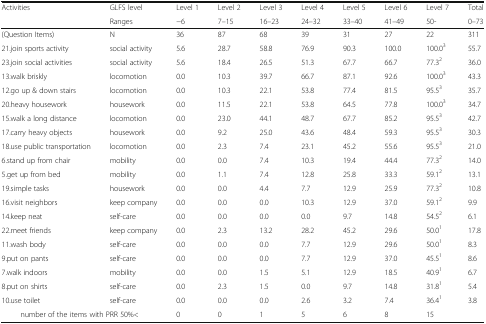
<table><thead><tr><td rowspan="2"><b>Activities</b></td><td><b>GLFS level</b></td><td><b>Level 1</b></td><td><b>Level 2</b></td><td><b>Level 3</b></td><td><b>Level 4</b></td><td><b>Level 5</b></td><td><b>Level 6</b></td><td><b>Level 7</b></td><td><b>Total</b></td></tr><tr><td><b>Ranges</b></td><td><b>−6</b></td><td><b>7–15</b></td><td><b>16–23</b></td><td><b>24–32</b></td><td><b>33–40</b></td><td><b>41–49</b></td><td><b>50-</b></td><td><b>0–73</b></td></tr></thead><tbody><tr><td>(Question Items)</td><td>N</td><td>36</td><td>87</td><td>68</td><td>39</td><td>31</td><td>27</td><td>22</td><td>311</td></tr><tr><td>21.join sports activity</td><td>social activity</td><td>5.6</td><td>28.7</td><td>58.8</td><td>76.9</td><td>90.3</td><td>100.0</td><td>100.0<sup>3</sup></td><td>55.7</td></tr><tr><td>23.join social activities</td><td>social activity</td><td>5.6</td><td>18.4</td><td>26.5</td><td>51.3</td><td>67.7</td><td>66.7</td><td>77.3<sup>2</sup></td><td>36.0</td></tr><tr><td>13.walk briskly</td><td>locomotion</td><td>0.0</td><td>10.3</td><td>39.7</td><td>66.7</td><td>87.1</td><td>92.6</td><td>100.0<sup>3</sup></td><td>43.3</td></tr><tr><td>12.go up &amp; down stairs</td><td>locomotion</td><td>0.0</td><td>10.3</td><td>22.1</td><td>53.8</td><td>77.4</td><td>81.5</td><td>95.5<sup>3</sup></td><td>35.7</td></tr><tr><td>20.heavy housework</td><td>housework</td><td>0.0</td><td>11.5</td><td>22.1</td><td>53.8</td><td>64.5</td><td>77.8</td><td>100.0<sup>3</sup></td><td>34.7</td></tr><tr><td>15.walk a long distance</td><td>locomotion</td><td>0.0</td><td>23.0</td><td>44.1</td><td>48.7</td><td>67.7</td><td>85.2</td><td>95.5<sup>3</sup></td><td>42.7</td></tr><tr><td>17.carry heavy objects</td><td>housework</td><td>0.0</td><td>9.2</td><td>25.0</td><td>43.6</td><td>48.4</td><td>59.3</td><td>95.5<sup>3</sup></td><td>30.3</td></tr><tr><td>18.use public transportation</td><td>locomotion</td><td>0.0</td><td>2.3</td><td>7.4</td><td>23.1</td><td>45.2</td><td>55.6</td><td>95.5<sup>3</sup></td><td>21.0</td></tr><tr><td>6.stand up from chair</td><td>mobility</td><td>0.0</td><td>0.0</td><td>7.4</td><td>10.3</td><td>19.4</td><td>44.4</td><td>77.3<sup>2</sup></td><td>14.0</td></tr><tr><td>5.get up from bed</td><td>mobility</td><td>0.0</td><td>1.1</td><td>7.4</td><td>12.8</td><td>25.8</td><td>33.3</td><td>59.1<sup>2</sup></td><td>13.1</td></tr><tr><td>19.simple tasks</td><td>housework</td><td>0.0</td><td>0.0</td><td>4.4</td><td>7.7</td><td>12.9</td><td>25.9</td><td>77.3<sup>2</sup></td><td>10.8</td></tr><tr><td>16.visit neighbors</td><td>keep company</td><td>0.0</td><td>0.0</td><td>0.0</td><td>10.3</td><td>12.9</td><td>37.0</td><td>59.1<sup>2</sup></td><td>9.9</td></tr><tr><td>14.keep neat</td><td>self-care</td><td>0.0</td><td>0.0</td><td>0.0</td><td>0.0</td><td>9.7</td><td>14.8</td><td>54.5<sup>2</sup></td><td>6.1</td></tr><tr><td>22.meet friends</td><td>keep company</td><td>0.0</td><td>2.3</td><td>13.2</td><td>28.2</td><td>45.2</td><td>29.6</td><td>50.0<sup>1</sup></td><td>17.8</td></tr><tr><td>11.wash body</td><td>self-care</td><td>0.0</td><td>0.0</td><td>0.0</td><td>7.7</td><td>12.9</td><td>29.6</td><td>50.0<sup>1</sup></td><td>8.3</td></tr><tr><td>9.put on pants</td><td>self-care</td><td>0.0</td><td>0.0</td><td>0.0</td><td>7.7</td><td>12.9</td><td>37.0</td><td>45.5<sup>1</sup></td><td>8.6</td></tr><tr><td>7.walk indoors</td><td>mobility</td><td>0.0</td><td>0.0</td><td>1.5</td><td>5.1</td><td>12.9</td><td>18.5</td><td>40.9<sup>1</sup></td><td>6.7</td></tr><tr><td>8.put on shirts</td><td>self-care</td><td>0.0</td><td>2.3</td><td>1.5</td><td>0.0</td><td>9.7</td><td>14.8</td><td>31.8<sup>1</sup></td><td>5.4</td></tr><tr><td>10.use toilet</td><td>self-care</td><td>0.0</td><td>0.0</td><td>0.0</td><td>2.6</td><td>3.2</td><td>7.4</td><td>36.4<sup>1</sup></td><td>3.8</td></tr><tr><td colspan="2">number of the items with PRR 50%&lt;</td><td>0</td><td>0</td><td>1</td><td>5</td><td>6</td><td>8</td><td>15</td><td></td></tr></tbody></table>